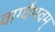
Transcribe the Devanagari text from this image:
वाग्वैभवम्